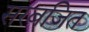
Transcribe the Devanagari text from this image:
सरबजित